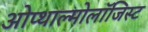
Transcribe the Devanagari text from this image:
ओप्थाल्मोलॉजिस्ट